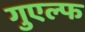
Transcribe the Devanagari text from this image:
गुएल्फ